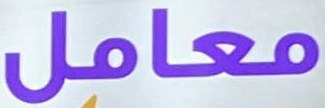
معامل